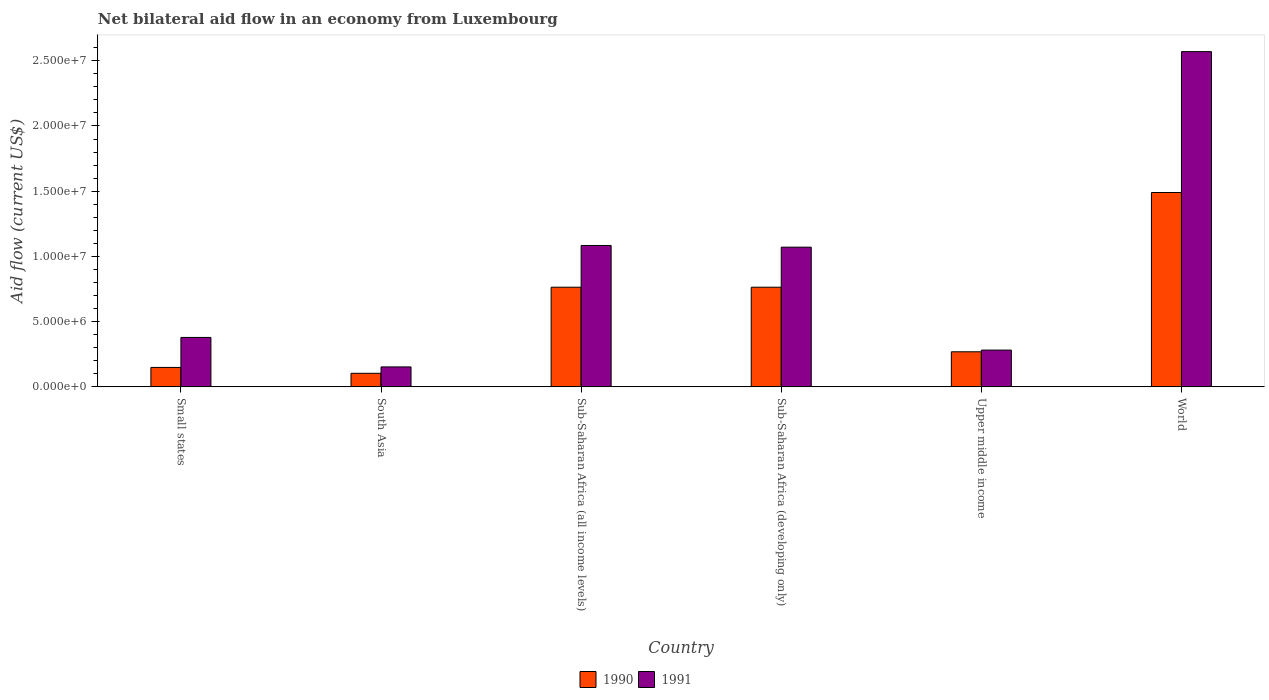
| Country | 1990 | 1991 |
 | --- | --- | --- |
 | Small states | 1.49e+06 | 3.79e+06 |
 | South Asia | 1.04e+06 | 1.53e+06 |
 | Sub-Saharan Africa (all income levels) | 7.64e+06 | 1.08e+07 |
 | Sub-Saharan Africa (developing only) | 7.64e+06 | 1.07e+07 |
 | Upper middle income | 2.69e+06 | 2.82e+06 |
 | World | 1.49e+07 | 2.57e+07 |